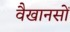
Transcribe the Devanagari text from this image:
वैखानसों